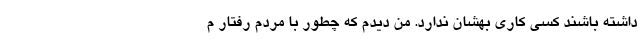
داشته باشند کسی کاری بهشان ندارد. من دیدم که چطور با مردم رفتار م